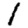
Digit: 1